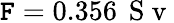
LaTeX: \mathtt{F}=0.356\, \mathrm{{~S~v~}}